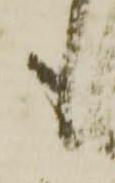
も